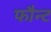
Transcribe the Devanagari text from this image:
फौन्ट